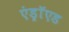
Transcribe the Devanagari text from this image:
एंड्राॅएड